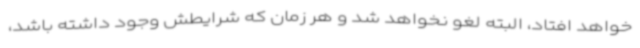
خواهد افتاد، البته لغو نخواهد شد و هر زمان که شرایطش وجود داشته باشد،